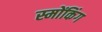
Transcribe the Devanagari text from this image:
स्मोंकिंग